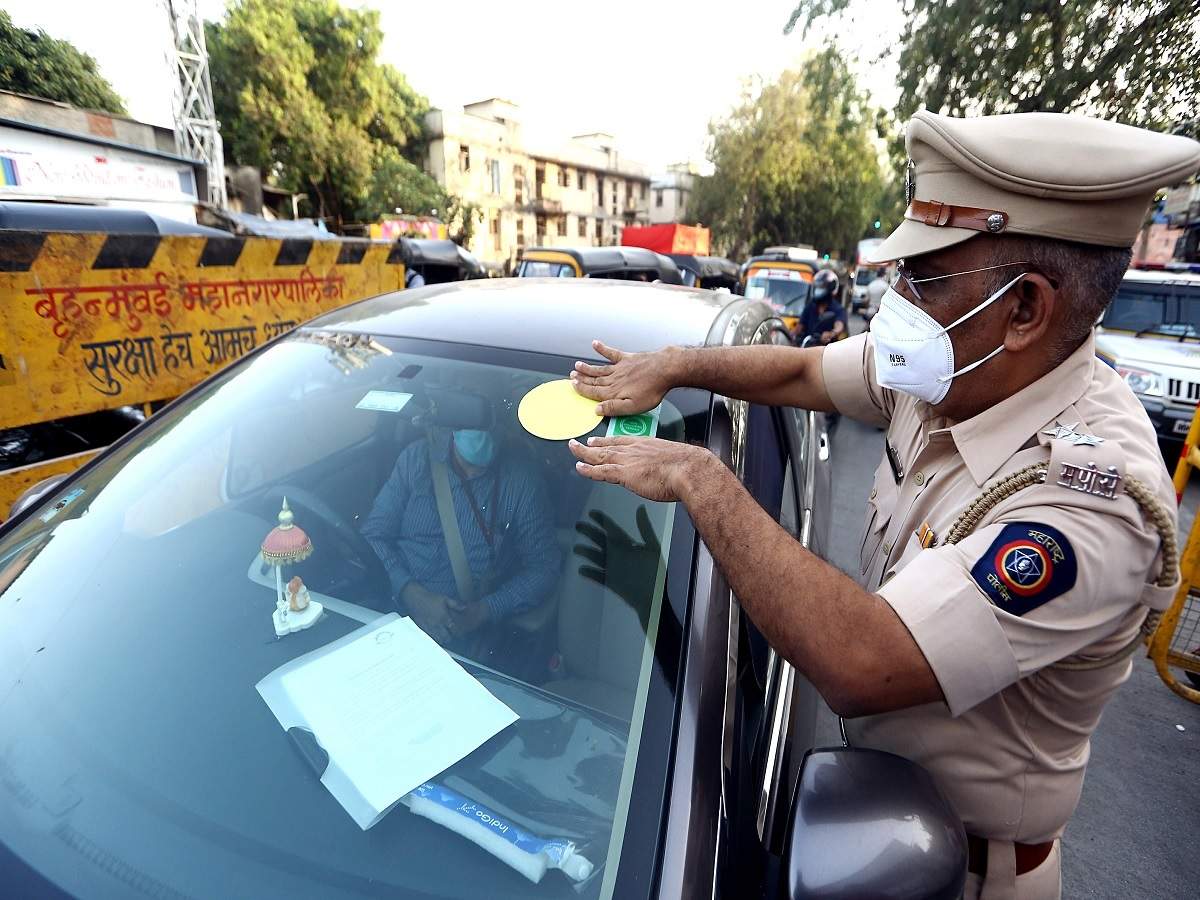
Language: marathi
Transcription: बृहन्मुंबई महानगरपालिका सुरक्षा हेच